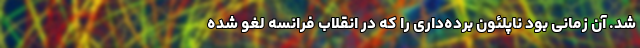
شد. آن زمانی بود ناپلئون برده‌داری را که در انقلاب فرانسه لغو شده